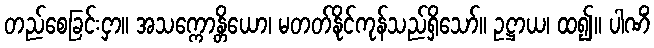
တည်စေခြင်းငှာ။ အသက္ကောန္တိယော၊ မတတ်နိုင်ကုန်သည်ရှိသော်။ ဥဋ္ဌာယ၊ ထ၍။ ပါဏိံ